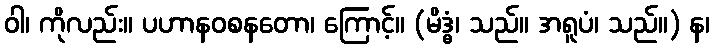
ဝါ၊ ကိုလည်း။ ပဟာနဝစနတော၊ ကြောင့်။ (မိဒ္ဓံ၊ သည်။ အရူပံ၊ သည်။) န၊